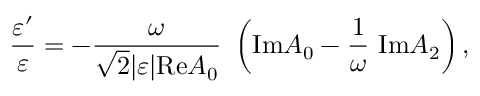
{ \frac { \varepsilon ^ { \prime } } { \varepsilon } } = - { \frac { \omega } { \sqrt { 2 } \vert \varepsilon \vert \mathrm { R e } A _ { 0 } } } ~ \left( \mathrm { I m } A _ { 0 } - { \frac { 1 } { \omega } } ~ \mathrm { I m } A _ { 2 } \right) ,